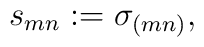
s_{mn}:= \sigma_{(mn)},